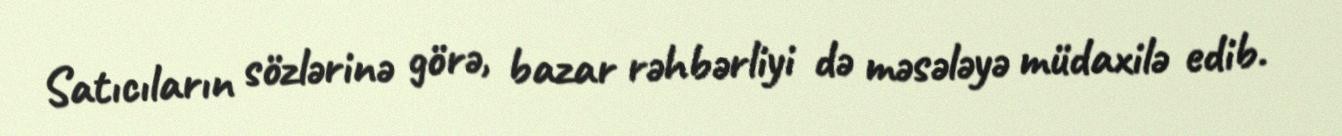
Satıcıların sözlərinə görə, bazar rəhbərliyi də məsələyə müdaxilə edib.